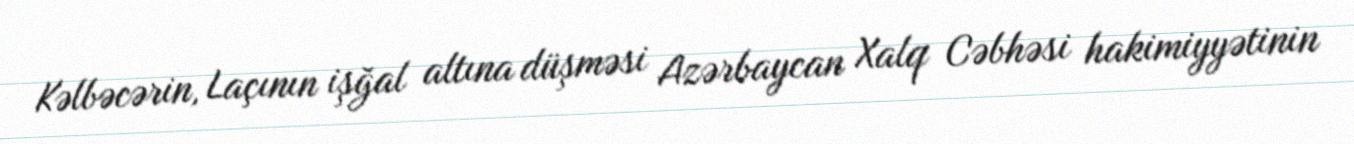
Kəlbəcərin, Laçının işğal altına düşməsi Azərbaycan Xalq Cəbhəsi hakimiyyətinin